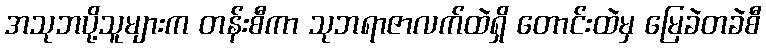
အသုဘပို့သူများက တန်းစီကာ သုဘရာဇာလက်ထဲရှိ တောင်းထဲမှ မြေခဲတခဲစီ